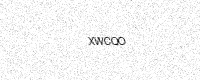
Text: XWCQO